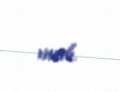
vardı.